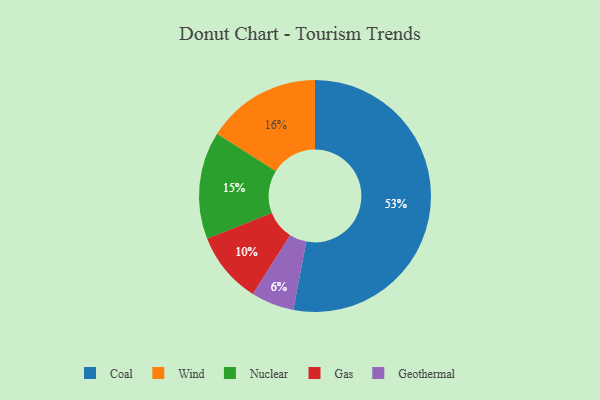
{"axis": {"x": "Category", "y": "Percentage"}, "legend": ["Coal", "Gas", "Geothermal", "Nuclear", "Wind"], "data": [{"x": "Coal", "y": 53, "type": "Coal"}, {"x": "Geothermal", "y": 6, "type": "Geothermal"}, {"x": "Nuclear", "y": 15, "type": "Nuclear"}, {"x": "Gas", "y": 10, "type": "Gas"}, {"x": "Wind", "y": 16, "type": "Wind"}]}